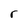
Character: r